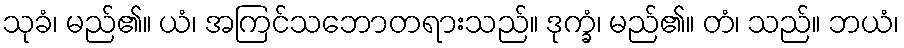
သုခံ၊ မည်၏။ ယံ၊ အကြင်သဘောတရားသည်။ ဒုက္ခံ၊ မည်၏။ တံ၊ သည်။ ဘယံ၊